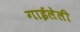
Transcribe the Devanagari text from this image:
गाईलेली